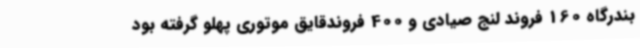
بندرگاه 160 فروند لنج صیادی و 400 فروندقایق موتوری پهلو گرفته بود